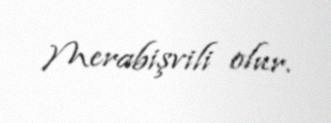
Merabişvili olur.